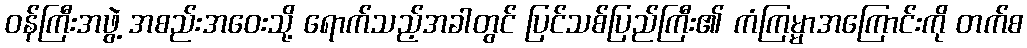
ဝန်ကြီးအဖွဲ့ အစည်းအဝေးသို့ ရောက်သည့်အခါတွင် ပြင်သစ်ပြည်ကြီး၏ ကံကြမ္မာအကြောင်းကို တက်စ